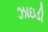
ઝાઇડી